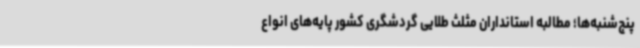
پنج‌شنبه‌ها؛ مطالبه استانداران مثلث طلایی گردشگری کشور پایه‌های انواع